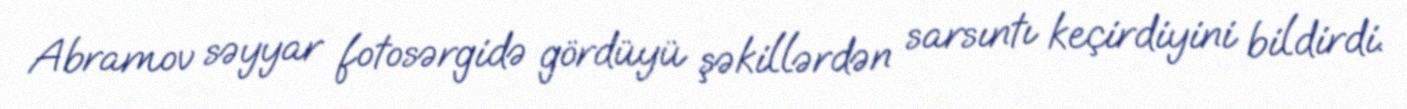
Abramov səyyar fotosərgidə gördüyü şəkillərdən sarsıntı keçirdiyini bildirdi.